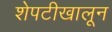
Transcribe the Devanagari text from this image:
शेपटीखालून